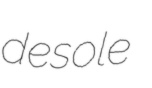
desole